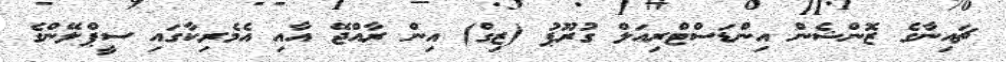
ޗައިނާގެ ޒޮންޝެން އިންޑަސްޓްރިއަލް ގުރޫޕު (ޒިގް) އިން ރާއްޖޭ އާއި އެމެރިކާގައި ސީޕްލޭންގެ